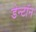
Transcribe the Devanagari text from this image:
डेन्टॉन